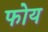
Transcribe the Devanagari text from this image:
फोय